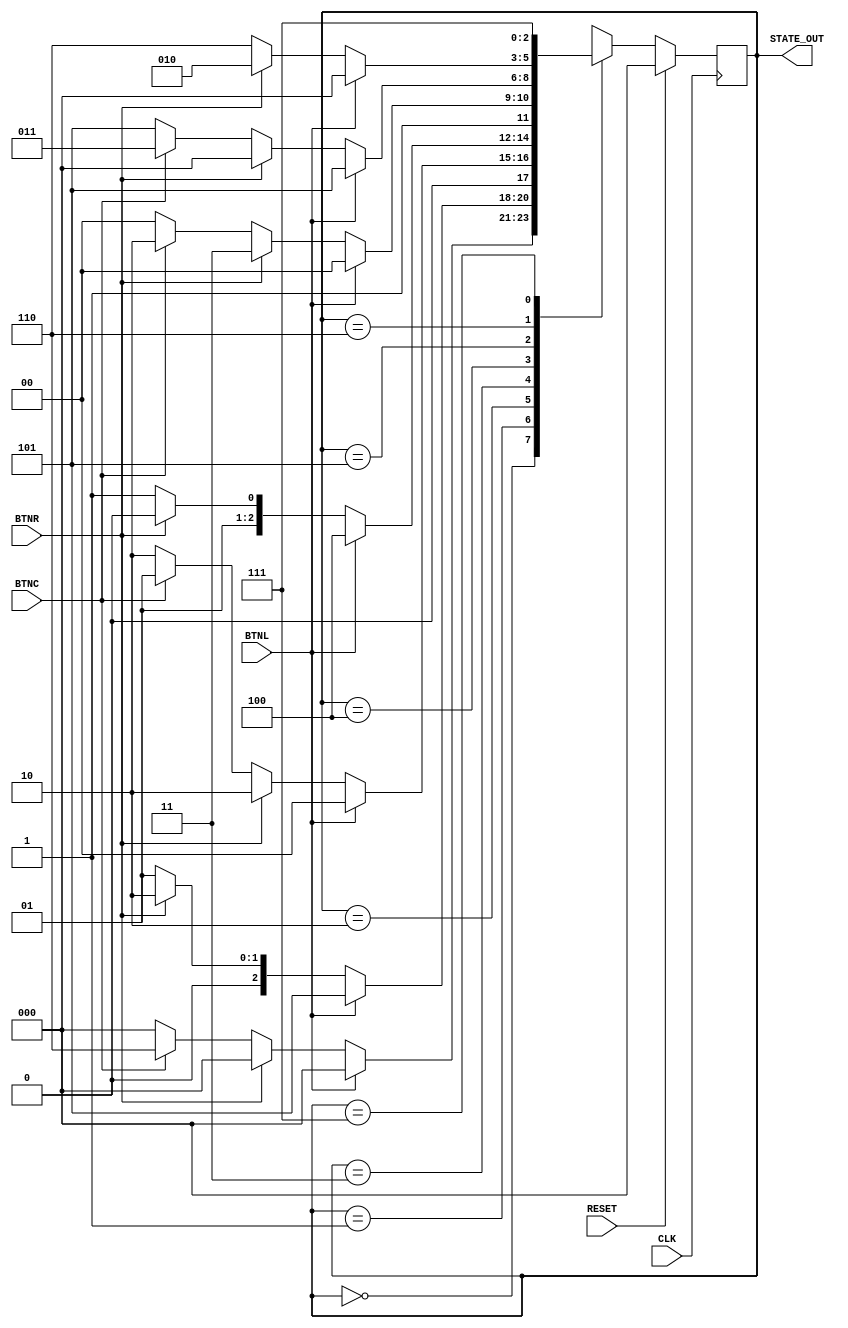
`timescale 1ns / 1ps
//////////////////////////////////////////////////////////////////////////////////
// Company: 
// Engineer: 
// 
// Design Name: 
// Module Name: State_Machine
// Project Name: 
// Target Devices: 
// Tool Versions: 
// Description: 
// 
// Dependencies: 
// 
// Revision:
// Revision 0.01 - File Created
// Additional Comments:
// 
//////////////////////////////////////////////////////////////////////////////////


module State_Machine(
    input CLK,
    input RESET,
    input BTNL,
    input BTNC,
    input BTNR,
    output [2:0] STATE_OUT
    );
    
    reg [2:0] Curr_state;
    reg [2:0] Next_state;
    
    assign STATE_OUT = Curr_state;
    
    always@(posedge CLK) begin
        if(RESET)
            Curr_state  <= 3'b000;
        else
            Curr_state <= Next_state;
    end
    
    always@(BTNL or BTNR or BTNC or Curr_state) begin
        case (Curr_state)     
            3'd0    :begin
                if(BTNL)    Next_state <= 0;
                else if(BTNR) Next_state <= 0;
                else if(BTNC) Next_state <= 6;
                else  Next_state <= 0;
            end

            3'd1    :begin
                if(BTNL)    Next_state <= 5;
                else if(BTNR) Next_state <= 2;
                else if(BTNC) Next_state <= 1;
                else  Next_state <= 1;
            end

            3'd2    :begin
                if(BTNL)    Next_state <= 0;
                else if(BTNR) Next_state <= 2;
                else if(BTNC) Next_state <= 1;
                else  Next_state <= 2;
            end

            3'd3    :begin
                if(BTNL)    Next_state <= 4;
                else if(BTNR) Next_state <= 2;
                else if(BTNC) Next_state <= 3;
                else  Next_state <= 3;
            end

            3'd4    :begin
                if(BTNL)    Next_state <= 4;
                else if(BTNR) Next_state <= 7;
                else if(BTNC) Next_state <= 6;
                else  Next_state <= 4;
            end

            3'd5    :begin
                if(BTNL)    Next_state <= 5;
                else if(BTNR) Next_state <= 0;
                else if(BTNC) Next_state <= 3;
                else  Next_state <= 5;
            end

            3'd6    :begin
                if(BTNL)    Next_state <= 0;
                else if(BTNR) Next_state <= 2;
                else if(BTNC) Next_state <= 6;
                else  Next_state <= 6;
            end

            3'd7    :begin
                if(BTNL)    Next_state <= 7;
                else if(BTNR) Next_state <= 7;
                else if(BTNC) Next_state <= 7;
                else  Next_state <= 7;
            end
            
            default:
                Next_state <= 0;
        endcase
    end
                   
    
    
endmodule